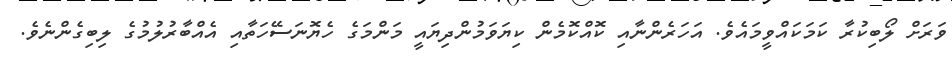
ވަރަށް ލޯބިކުރާ ކަމަކައްވީމައެވެ. އަހަރެންނާއި ކޮއްކޮމެން ކިޔަވަމުންދިޔައީ މަންމަގެ ހެޔޮނަސޭހަތާއި އެއްބާރުލުމުގެ ލިބިގެންނެވެ.